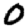
Digit: 0